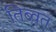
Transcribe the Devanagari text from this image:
तिब्वत